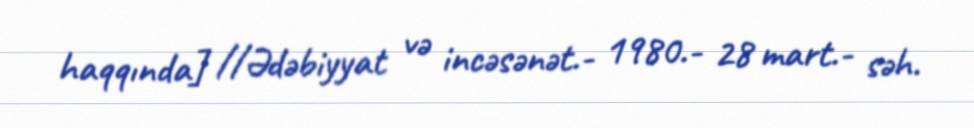
haqqında] //Ədəbiyyat və incəsənət.- 1980.- 28 mart.- səh.